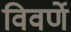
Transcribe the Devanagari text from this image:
विवर्णे